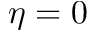
\eta = 0